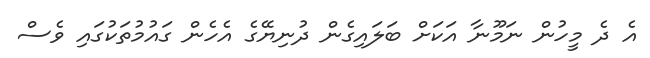
އެ ދެ މީހުން ނަމޫނާ އަކަށް ބަލައިގެން ދުނިޔޭގެ އެހެން ގައުމުތަކުގައި ވެސް